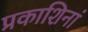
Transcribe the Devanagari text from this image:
प्रकाशिनां